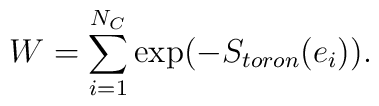
W = \sum _{i=1}^{N_C} \hbox{exp} (- S_{toron}(e_i)).